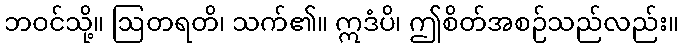
ဘဝင်သို့။ ဩတရတိ၊ သက်၏။ ဣဒံပိ၊ ဤစိတ်အစဉ်သည်လည်း။